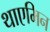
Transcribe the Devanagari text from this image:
थाएमिन